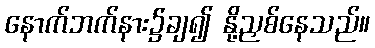
နောက်ဘက်နား၌ချ၍ နို့ညှစ်နေသည်။